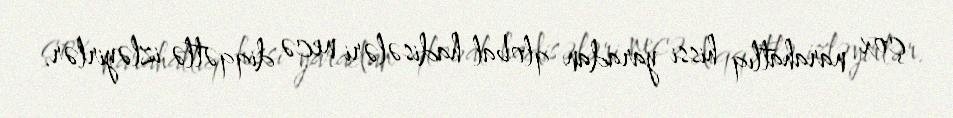
çox narahatlıq hissi yaradan qlobal hadisələri necə diqqətlə izləyirlər.